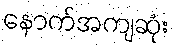
နောက်အကျဆုံး